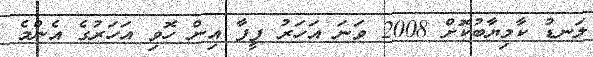
ލަނޑު ކާމިޔާބުކޮށް 2008 ވަނަ އަހަރު ފީފާ އިން ހޮވި އަހަރުގެ އެންމެ